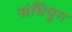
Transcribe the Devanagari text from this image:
संधियुग